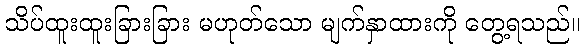
သိပ်ထူးထူးခြားခြား မဟုတ်သော မျက်နှာထားကို တွေ့ရသည်။